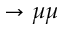
\rightarrow \mu \mu